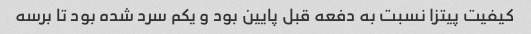
کیفیت پیتزا نسبت به دفعه قبل پایین بود و یکم سرد شده بود تا برسه